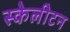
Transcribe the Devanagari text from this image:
स्केलीटन